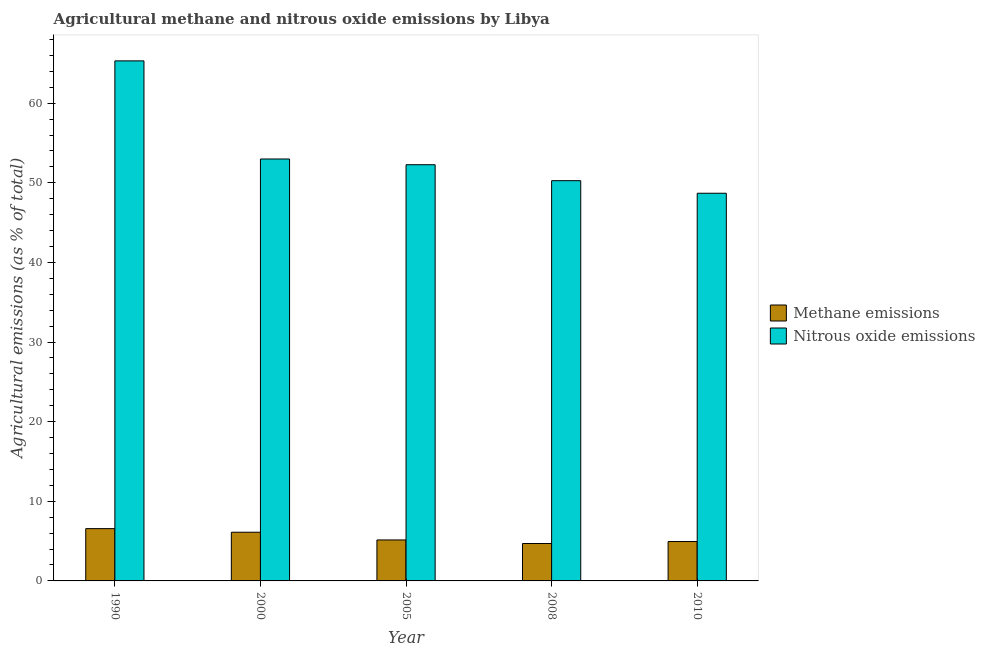
| Year | Methane emissions | Nitrous oxide emissions |
 | --- | --- | --- |
 | 1990 | 6.57 | 65.3 |
 | 2000 | 6.12 | 53 |
 | 2005 | 5.15 | 52.3 |
 | 2008 | 4.7 | 50.3 |
 | 2010 | 4.95 | 48.7 |